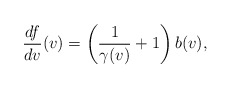
\begin{align*} \frac{df}{dv}(v)=\left(\frac{1}{\gamma(v)}+1\right)b(v),\end{align*}